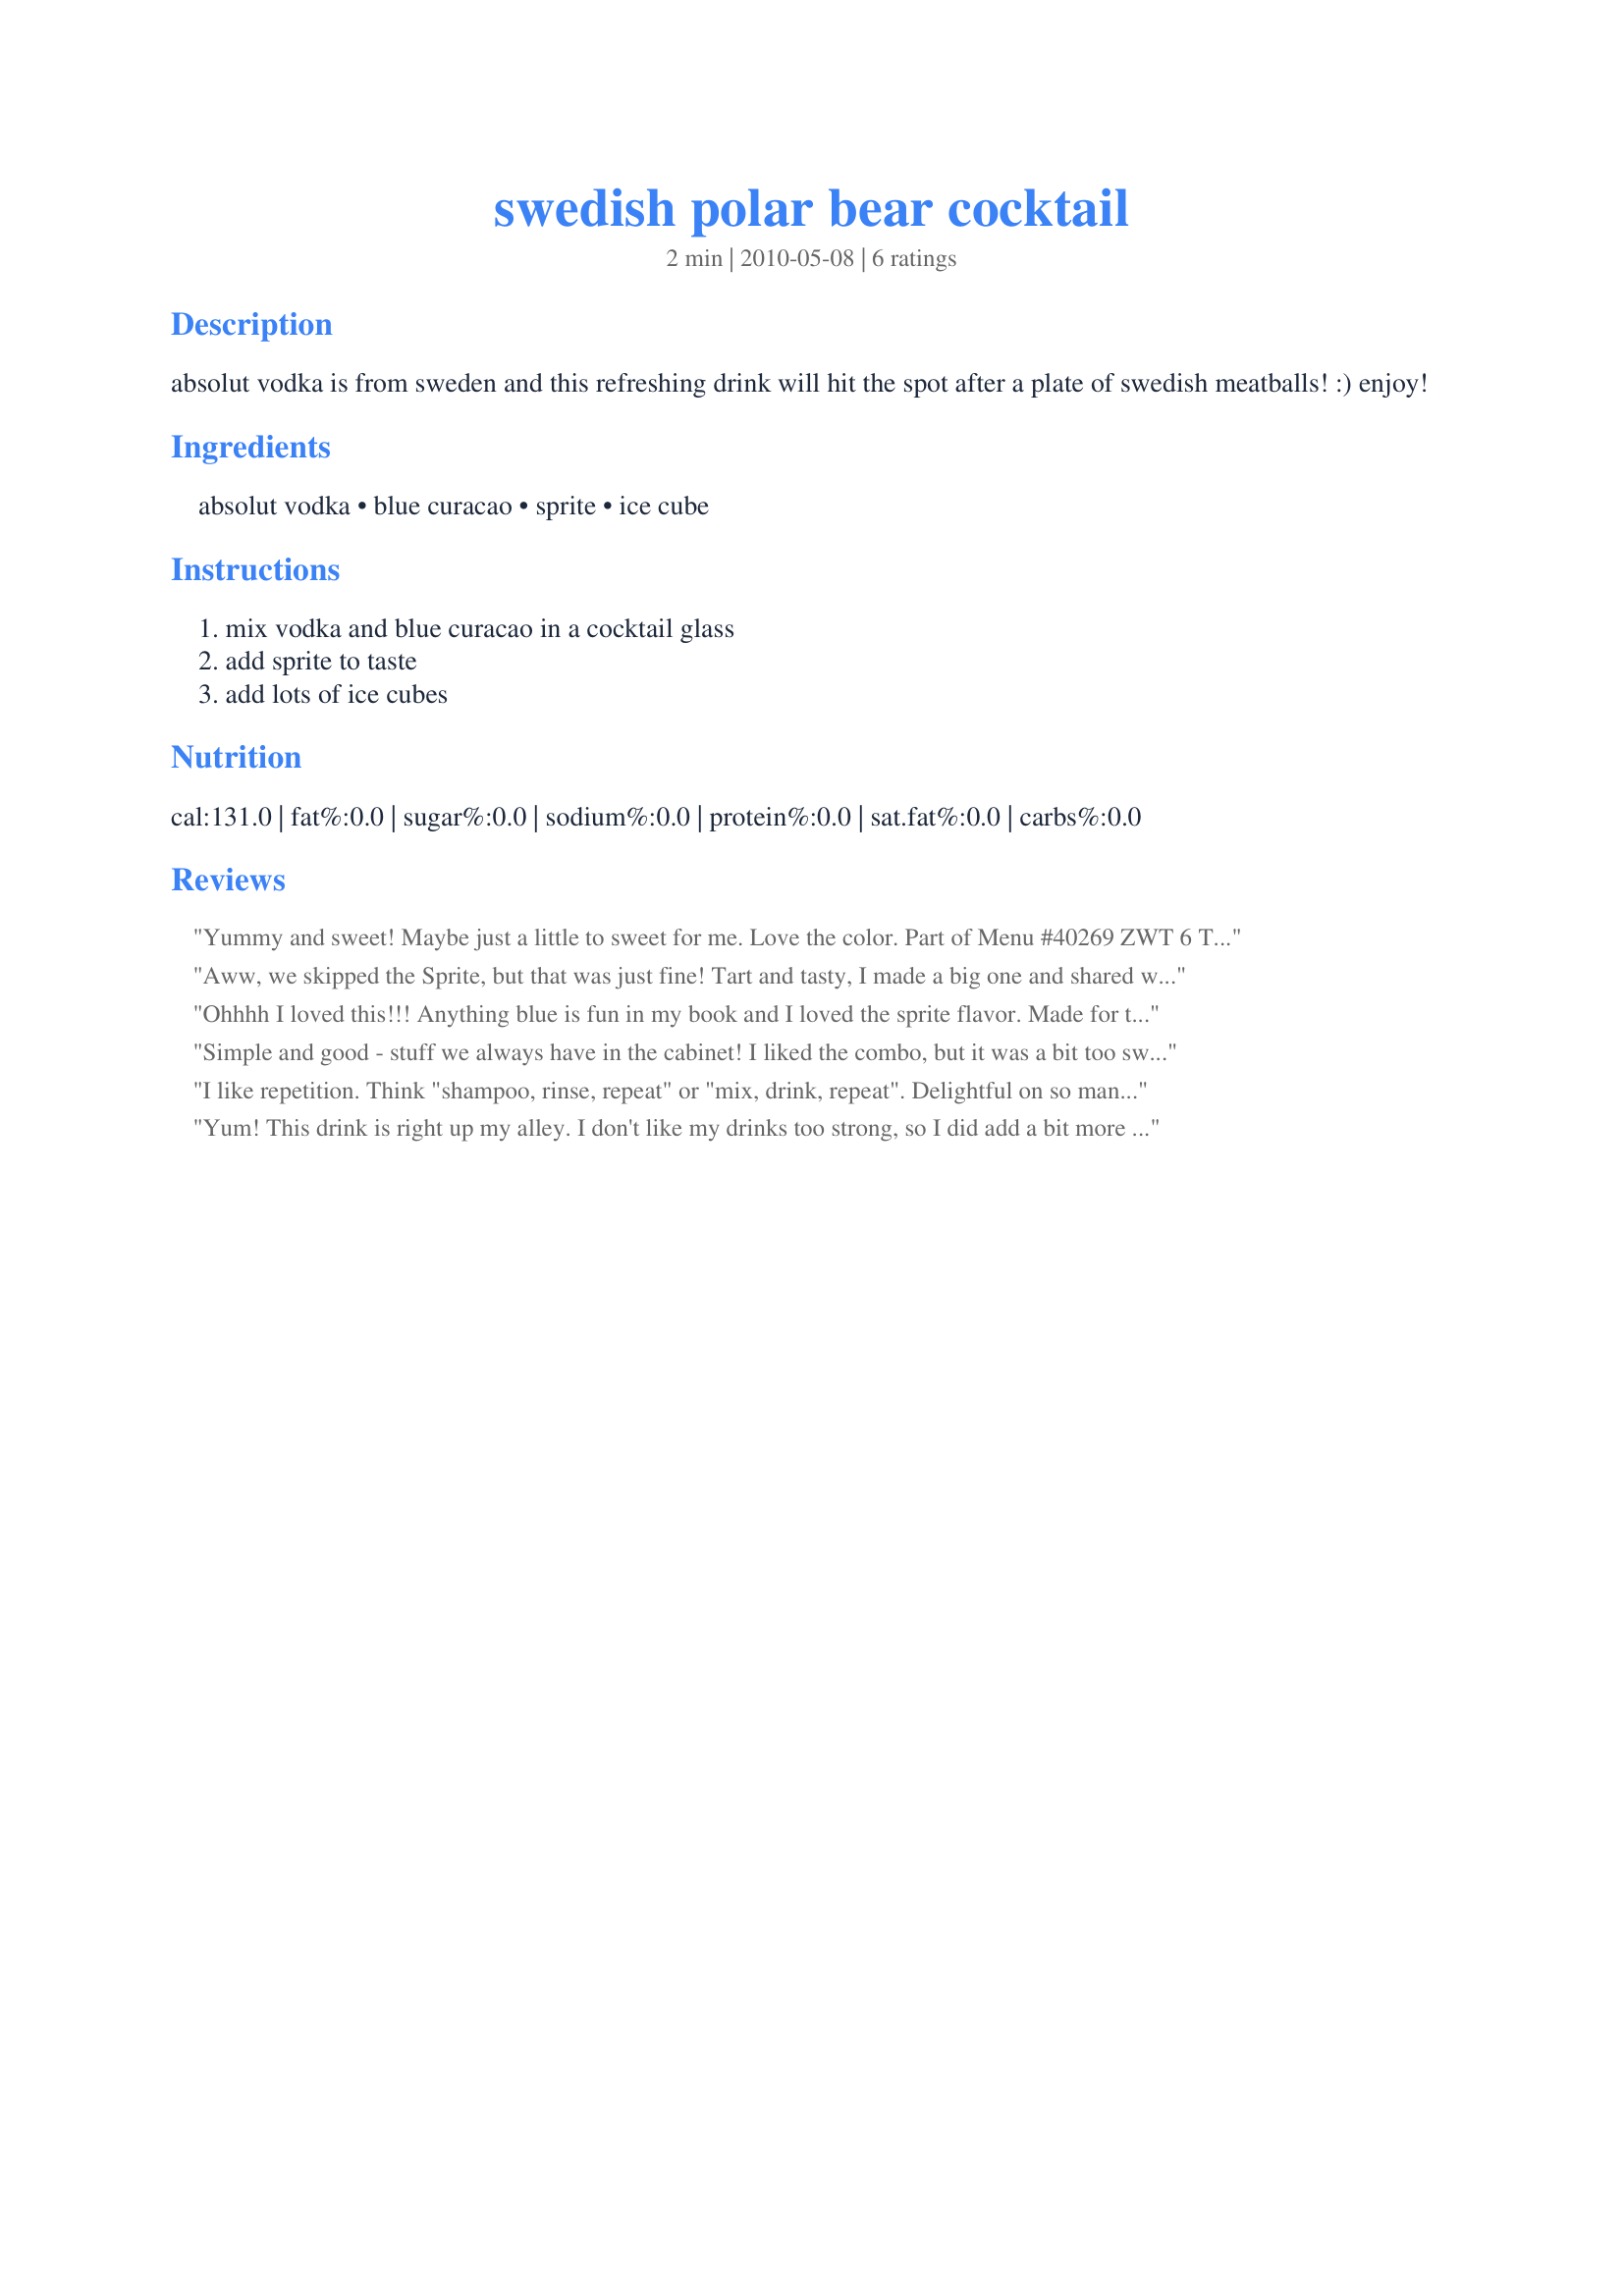
swedish polar bear cocktail
Preparation time: 2 minutes

absolut vodka is from sweden and this refreshing drink will hit the spot after a plate of swedish meatballs! :) enjoy!

Ingredients:
absolut vodka, blue curacao, sprite, ice cube

Steps:
mix vodka and blue curacao in a cocktail glass, add sprite to taste, add lots of ice cubes

Reviews:
Yummy and sweet! Maybe just a little to sweet for me. Love the color. Part of Menu #40269
ZWT 6 Thanks!
Aww, we skipped the Sprite, but that was just fine! Tart and tasty, I made a big one and shared with DH...I just love a blue drink! LOL Thanks for sharing, Nif!
Ohhhh I loved this!!! Anything blue is fun in my book and I loved the sprite flavor. Made for the SSaSSy's of ZWT6.
Simple and good - stuff we always have in the cabinet! I liked the combo, but it was a bit too sweet - next time (and there WILL be a next time!) I'll put less curacao and use diet sprite. During prep, I used a cocktail shaker with cracked ice, strained into the martini glass. So pretty and so good!
I like repetition. Think "shampoo, rinse, repeat" or "mix, drink, repeat". Delightful on so many levels. Made for Best of 2010 Recipe Tag.
Yum! This drink is right up my alley. I don't like my drinks too strong, so I did add a bit more sprite than most people would, but this still gets 5 stars since you said "add Sprite to taste." Made for my teammate on the No-Nonsense Nibblers ZWT6: Scandinavia.
